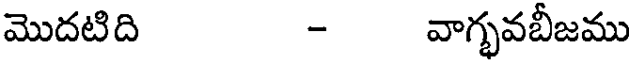
మొదటిది - వాగ్భవబీజము